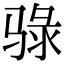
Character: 𫘧